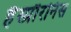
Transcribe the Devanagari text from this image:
हैस्प्रौरनिस